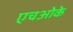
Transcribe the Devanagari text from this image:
एचओके